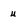
Character: u